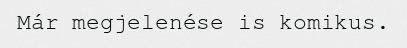
Már megjelenése is komikus.